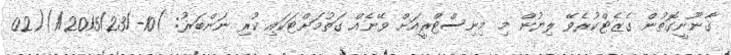
ޤާނޫނީގޮތުން ގެޒެޓްކުރެވޭ ލިޔުން މި މިނިސްޓްރީއަށް ވޭނެއް ގަތުމަށްޓަކައި ކުރި ނަންބަރު: )10-/1/2015/23)(02